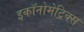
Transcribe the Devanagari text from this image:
इकॉनोमेट्रिक्स